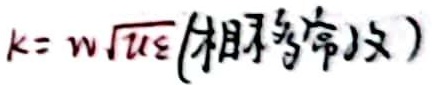
相移常数：$k = \omega\sqrt{\mu\varepsilon}$